Report on sanitation, dispensaries, and jails in Rajputana for 1916, and on vaccination for the year 1916-1917 - 1916-1917
Year: 1916
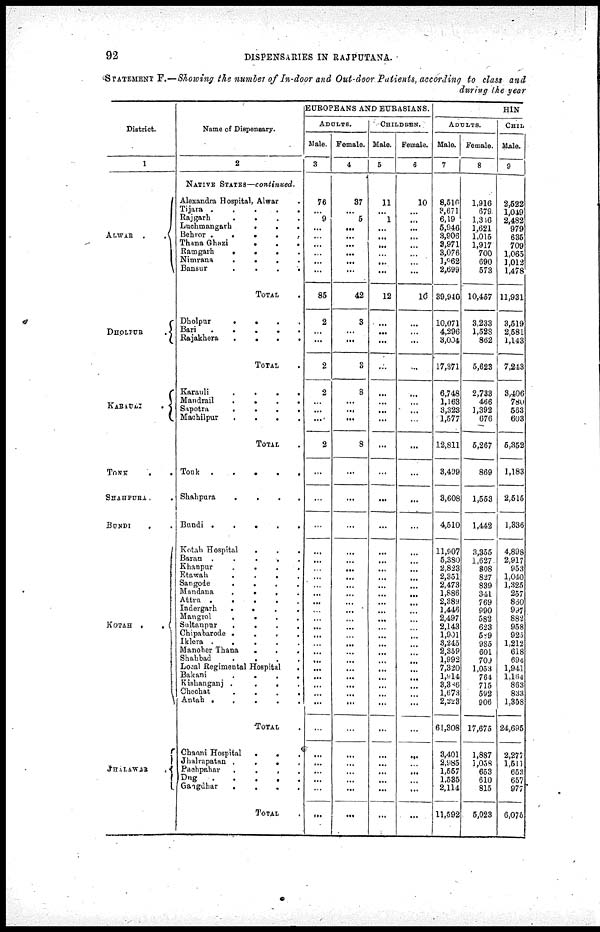
92
DISPENSARIES IN RAJPUTANA.
STATEMENT F.—Showing the number of In-door and Out-door Patients, according to class and
during the year
District.
1
ALWAR
.
.
DHOLPUR .
KARAULI.
TONK . .
SHAHPURA . .
BUNDI . .
KOTAH .
.
JHALAWAR .
Name of Dispensary.
2
NATIVE STATES—continued.
Alexandra Hospital, Alwar .
Tijara . . . . .
Rajgarh . . . .
Luchmangarh . . .
Behror . . . . . .
Thana Ghazi . . .
Ramgarh . . . .
Nimrana . . . .
Bansur
.
.
.
.
TOTAL.
Dholpur . . . .
Bari . . . . .
Rajakhera . . . .
TOTAL.
Karauli . . . .
Mandrail . . . .
Sapotra . . . .
Machilpur . . . .
TOTAL.
Tonk . . . . .
Shahpura . . . . .
Bundi . . . . .
Kotah Hospital . . .
Baran . . . . .
Khanpur . . . . .
Etawah . . . . .
Sangode . . . . .
Mandana . . . . .
Attru . . . . .
Indergarh . . . .
Mangrol . . . .
Sultanpur
.
.
.
.
Chipabarode
.
.
.
.
Iklera . . . . .
Manoher Thana
.
.
.
Shahbad
.
.
.
.
Local Regimental Hospital.
Bakani
.
.
.
.
Kishanganj . . . .
Chechat
.
.
.
.
Antah . . . . .
TOTAL.
Chaoni Hospital...
Jhalrapatan . . . .
Pachpahar . . . .
Dug .....
Gangdhar . . . . .
TOTAL.
EUROPEANS AND EURASIANS.
ADULTS.
Male.
3
76
...
9
...
...
...
...
...
...
85
2
...
...
2
2
...
...
...
2
...
...
...
...
...
...
...
...
...
...
...
...
...
...
...
...
...
...
...
...
...
...
...
...
...
...
...
...
...
Female.
4
37
...
5
...
...
...
...
...
...
42
3
...
...
3
8
...
...
...
8
...
...
...
...
...
...
...
...
...
...
...
...
...
...
...
...
...
...
...
...
...
...
...
...
...
...
...
...
...
CHILDREN.
Male.
5
11
...
1
...
...
...
...
...
...
12
...
...
...
...
...
...
...
...
...
...
...
...
...
...
...
...
...
...
...
...
...
...
...
...
...
...
...
...
...
...
...
...
...
...
...
...
...
...
Female.
6
10
...
...
...
...
...
...
...
...
10
...
...
...
...
...
...
...
...
...
...
...
...
...
...
...
...
...
...
...
...
...
...
...
...
...
...
...
...
...
...
...
...
...
...
...
...
...
...
HIN
ADULTS.
Male.
7
8,516
3,671
6,19
5,946
3,906
3,971
3,076
1,962
2,699
39,940
10,071
4,296
3,004
17,371
6,748
1,163
3,323
1,577
12,811
3,499
3,608
4,510
11,907
5,380
2,823
2,351
2,473
1,886
2,389
1,446
2,497
2,143
1,901
3,245
2,359
1,992
7,320
1,914
3,386
1,673
2,223
61,308
3,401
3,985
1,557
1,535
2,114
11,592
Female.
8
1,916
679
1,346
1,621
1,015
1,917
700
690
573
10,457
3,233
1,528
862
5,623
2,733
466
1,392
676
5,267
869
1,533
1,442
3,355
1,627
808
827
839
341
769
990
582
623
589
985
601
709
1,053
764
715
592
906
17,675
1,887
1,058
653
610
815
5,023
CHIL
Male.
9
2,622
1,049
2,482
979
635
709
1,065
1,012
1,478
11,931
3,519
2,581
1,143
7,243
3,406
780
563
603
5,352
1,183
2,515
1,336
4,898
2,917
953
1,040
1,325
257
860
997
882
958
925
1,212
618
694
1,941
1,164
863
833
1,358
24,695
2,277
1,511
653
657
977
6,075